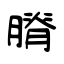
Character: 膌